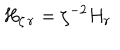
{ H } _ { \zeta \, \bf r } = \zeta ^ { - 2 } { H } _ { \bf r } \;